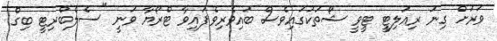
ވަރަށް ގިނަ ރިއަލިޓީ ޓީވީ ޝޯތަކުގައިވެސް ބައިވެރިވެފައިވާ ޓްރޯޔާ ވަނީ "ސެލެބްރިޓީ ބިގް